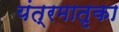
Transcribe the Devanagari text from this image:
यंत्रमातृका